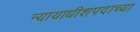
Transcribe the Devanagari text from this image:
न्यायाधीशपदाच्या